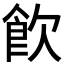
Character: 飮